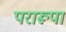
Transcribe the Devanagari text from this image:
परारूपा